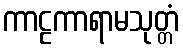
ကာဠကာရာမသုတ္တံ